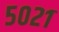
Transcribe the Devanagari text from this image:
५०२१